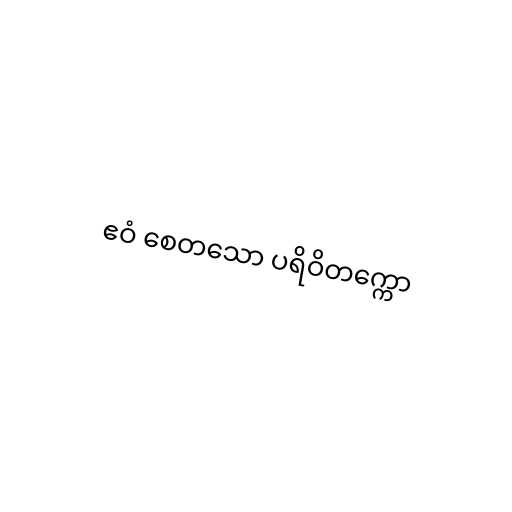
ဧဝံ စေတသော ပရိဝိတက္ကော